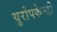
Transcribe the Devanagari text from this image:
युरोपकेन्द्री